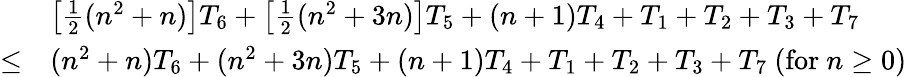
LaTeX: {\begin{array}{rl}&{\left[{\frac{1}{2}}(n^{2}+n)\right]T_{6}+\left[{\frac{1}{2}}(n^{2}+3n)\right]T_{5}+(n+1)T_{4}+T_{1}+T_{2}+T_{3}+T_{7}}\\ {\leq}&{(n^{2}+n)T_{6}+(n^{2}+3n)T_{5}+(n+1)T_{4}+T_{1}+T_{2}+T_{3}+T_{7}\ ({\mathrm{for~}}n\geq 0)}\end{array}}